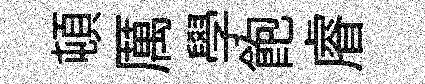
頓厲學飽𥈠